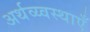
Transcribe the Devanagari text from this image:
अर्थव्य्वस्थाएँ